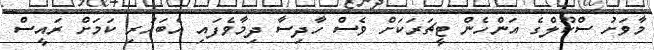
މާވަށު ސްކޫލްގެ އަންހެން ޓީޗަރަކަށް ވެސް ހާދިސާ ދިމާވެފައި އެބަހުރި ކަމަށް ރައީސް